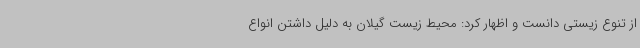
از تنوع زیستی دانست و اظهار کرد: محیط زیست گیلان به دلیل داشتن انواع